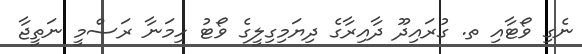
ނެގި ވޯޓާއި ތ. ގުރައިދޫ ދާއިރާގެ ދިޔަމިގިލީގެ ވޯޓު ހިމަނާ ރަސްމީ ނަތީޖާ